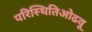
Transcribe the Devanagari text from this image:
परिस्थितिओढवू